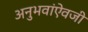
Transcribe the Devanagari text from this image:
अनुभवांऐवजी